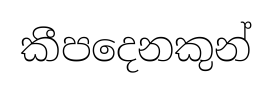
කීපදෙනකුන්